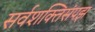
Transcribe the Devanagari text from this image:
सर्वशक्तिसंपझ